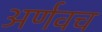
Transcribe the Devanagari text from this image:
अर्णवच